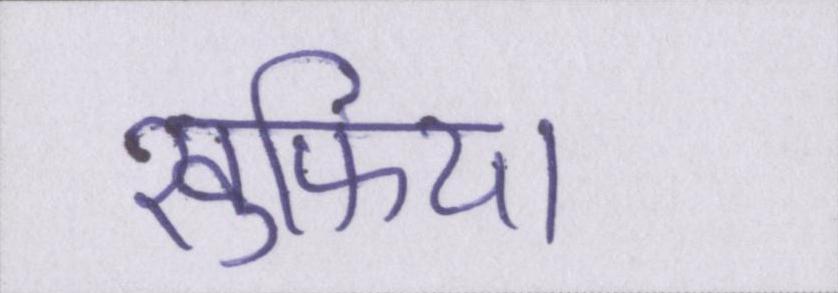
खुफिया